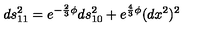
d s _ { 1 1 } ^ { 2 } = e ^ { - \frac { 2 } { 3 } \phi } d s _ { 1 0 } ^ { 2 } + e ^ { \frac { 4 } { 3 } \phi } ( d x ^ { 2 } ) ^ { 2 }